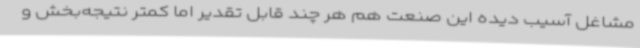
مشاغل آسیب دیده این صنعت هم هر چند قابل تقدیر اما کمتر نتیجه‌بخش و